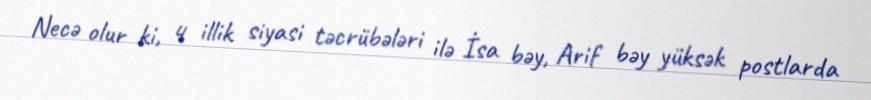
Necə olur ki, 4 illik siyasi təcrübələri ilə İsa bəy, Arif bəy yüksək postlarda